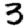
Digit: 3